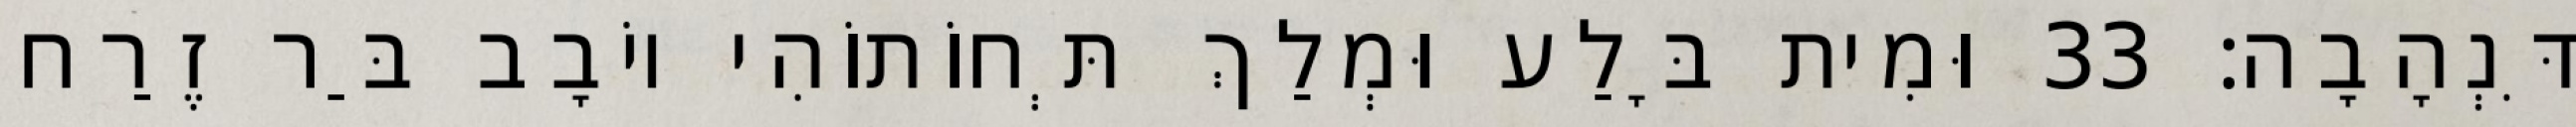
דִּנְהָבָה׃ 33 וּמִית בָּלַע וּמְלַךְ תְּחוֹתוֹהִי יוֹבָב בַּר זֶרַח